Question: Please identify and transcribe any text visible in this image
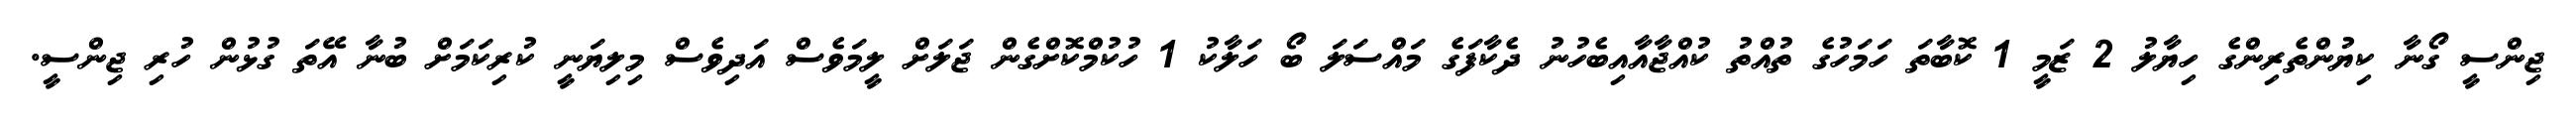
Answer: ޖިންސީ ގޯނާ ކިޔުންތެރިންގެ ހިޔާލު 2 ޒަމީ 1 ކޮބާތަ ހަމަހުގެ ތުއްތު ކުއްޖާއާއިބެހުނު ދެކާފަގެ މައްސަލަ ބޯ ހަލާކު 1 ހުކުމްކޮށްގެން ޖަލަށް ލީމަވެސް އަދިވެސް މިލިޔަނީ ކުރިކަމަށް ބުނާ އޭތަ ގުޅުން ހުރި ޖިންސީ.